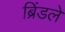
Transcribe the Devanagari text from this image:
ब्रिंडले